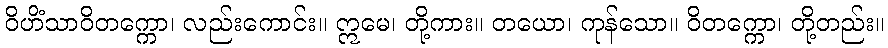
ဝိဟိံသာဝိတက္ကော၊ လည်းကောင်း။ ဣမေ၊ တို့ကား။ တယော၊ ကုန်သော။ ဝိတက္ကော၊ တို့တည်း။